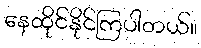
နေထိုင်နိုင်ကြပါတယ်။